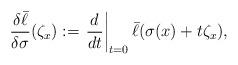
LaTeX: \begin{align*}\frac{\delta \bar{\ell}}{\delta\sigma}(\zeta_x):=\left.\frac{d}{dt}\right|_{t=0}\bar{\ell}(\sigma(x)+t\zeta_x),\end{align*}